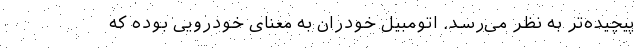
پیچیده‌تر به نظر می‌رسد. اتومبیل خودران به معنای خودرویی بوده که